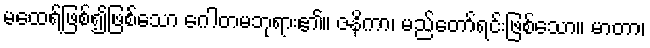
မထေရ်ဖြစ်၍ဖြစ်သော ဂေါတမဘုရား၏။ ဇနိကာ၊ မည်တော်ရင်းဖြစ်သော။ မာတာ၊